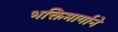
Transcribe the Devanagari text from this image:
भक्तिमार्गाने